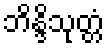
ဘိန္ဒိသုတ္တံ